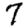
Digit: 7